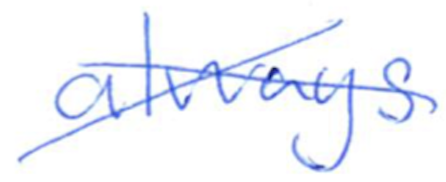
Text: always
Cross-out: cross
Writing tool: ballpoint